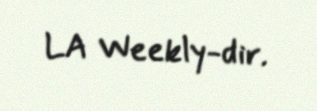
LA Weekly-dir.